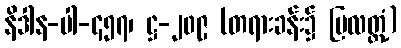
နိဒါန-ပါ-၄၅၇၊ ဋ္ဌ-၂၀၉ (တရားခန်း၌ ပြလတ္တံ့)